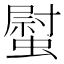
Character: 螱